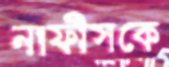
নাফীসকে